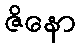
ဇိနော